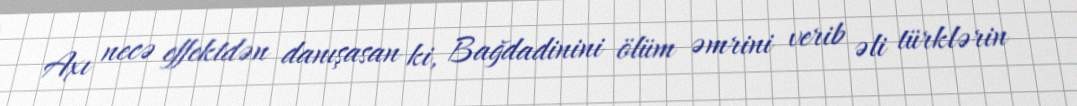
Axı necə effektdən danışasan ki, Bağdadinini ölüm əmrini verib əli türklərin